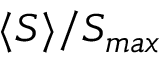
\langle S \rangle / S _ { m a x }